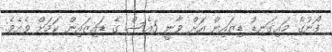
ފޯނުގެ މައިގަނޑު ޑިޒައިން އަށް ވާނީ 5އެސް ގެ ޑައިޒައިން ކަމަށް ވެއެވެ.